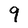
Character: 9